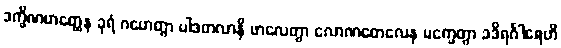
ဒက္ခိဏဟတ္ထေန ခုရံ ဂဟေတွာ ပါဒတလာနိ ဖာလေတွာ လောဏတေလေန မက္ခေတွာ ခဒိရင်္ဂါရေဟိ